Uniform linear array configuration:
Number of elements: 8
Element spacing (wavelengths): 1
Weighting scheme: hann
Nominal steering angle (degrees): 60
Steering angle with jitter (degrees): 60.672
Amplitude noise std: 0.05
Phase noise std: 0.05

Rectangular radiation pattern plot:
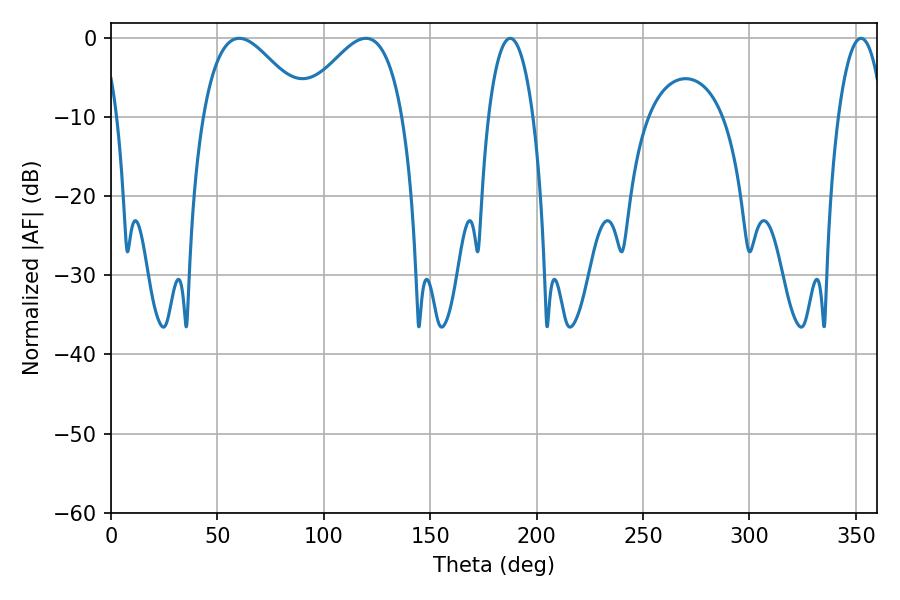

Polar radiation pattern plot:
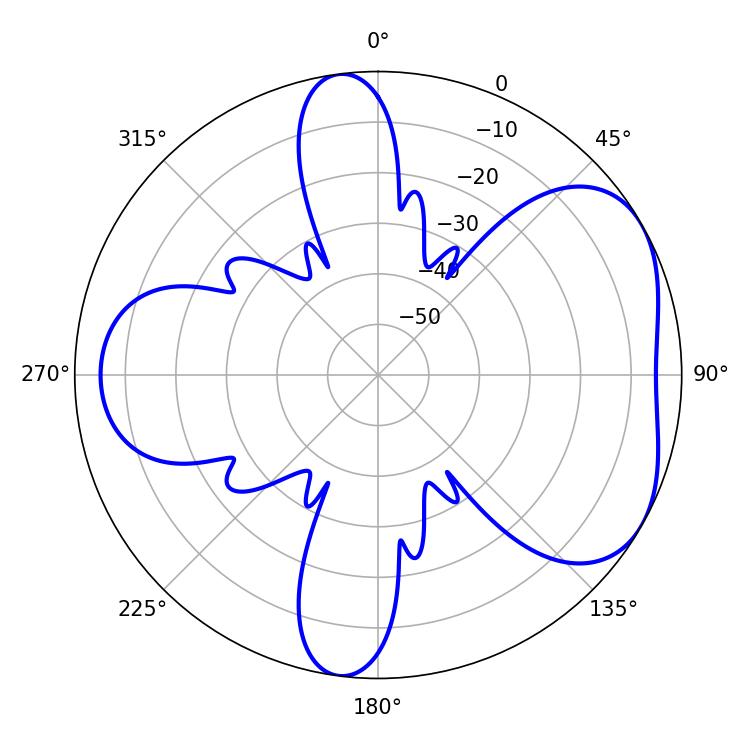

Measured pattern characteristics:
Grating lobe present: TRUE
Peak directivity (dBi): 4.801
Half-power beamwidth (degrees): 11.7
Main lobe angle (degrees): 187.56